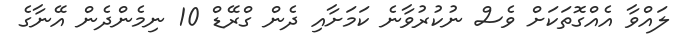
ލައްވާ އެއްގޮތަކަށް ވެސް ނުކުރުވާނެ ކަމަށާއި ދެން ގްރޭޑް 10 ނިމެންދެން އޭނާގެ